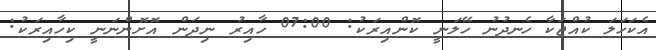
އެކަހަލަ ކުއްޖަކާ ހެނދުނު ހޭލަނީ ކޮންއިރަކު: 07:00 ހާއިރު ނިދަން އޮށޮންނަނީ ކިހާއިރަކު: